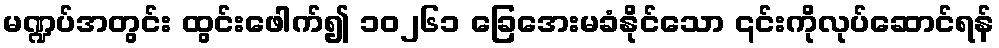
မဏ္ဍပ်အတွင်း ထွင်းဖေါက်၍ ၁၀၂၆၁ ခြေအေးမခံနိုင်သော ၎င်းကိုလုပ်ဆောင်ရန်